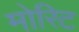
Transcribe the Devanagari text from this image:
मोरिट